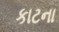
કાટના